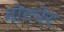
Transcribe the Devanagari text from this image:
मोट्येर